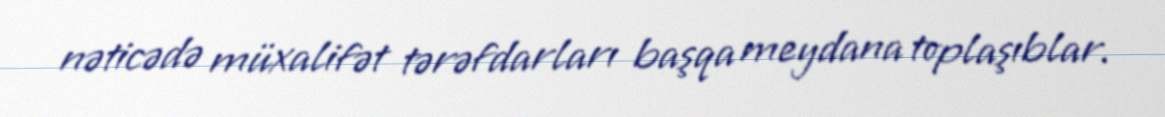
nəticədə müxalifət tərəfdarları başqa meydana toplaşıblar.